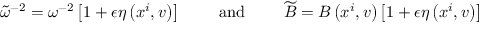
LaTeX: \widetilde { \omega } ^ { - 2 } = \omega ^ { - 2 } \left[ 1 + \epsilon \eta \left( x ^ { i } , v \right) \right] \qquad \mathrm { ~ a n d ~ } \qquad \widetilde { B } = B \left( x ^ { i } , v \right) \left[ 1 + \epsilon \eta \left( x ^ { i } , v \right) \right]